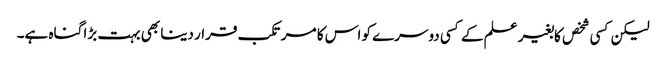
لیکن کسی شخص کابغیر علم کے کسی دوسرے کو اس کا مرتکب قرار دینا بھی بہت بڑا گناہ ہے۔